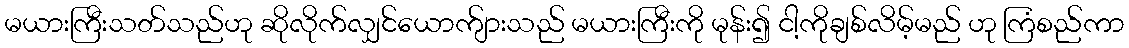
မယားကြီးသတ်သည်ဟု ဆိုလိုက်လျှင်ယောက်ျားသည် မယားကြီးကို မုန်း၍ ငါ့ကိုချစ်လိမ့်မည် ဟု ကြံစည်ကာ